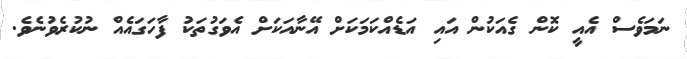
ނަމަވެސް އެއީ ކޮން ގެއަކުން އައި އަޑެއްކަމަކަށް އޭނާއަކަށް އެވަގުތަކު ފާހަގައެއް ނުކުރެވުނެވެ.